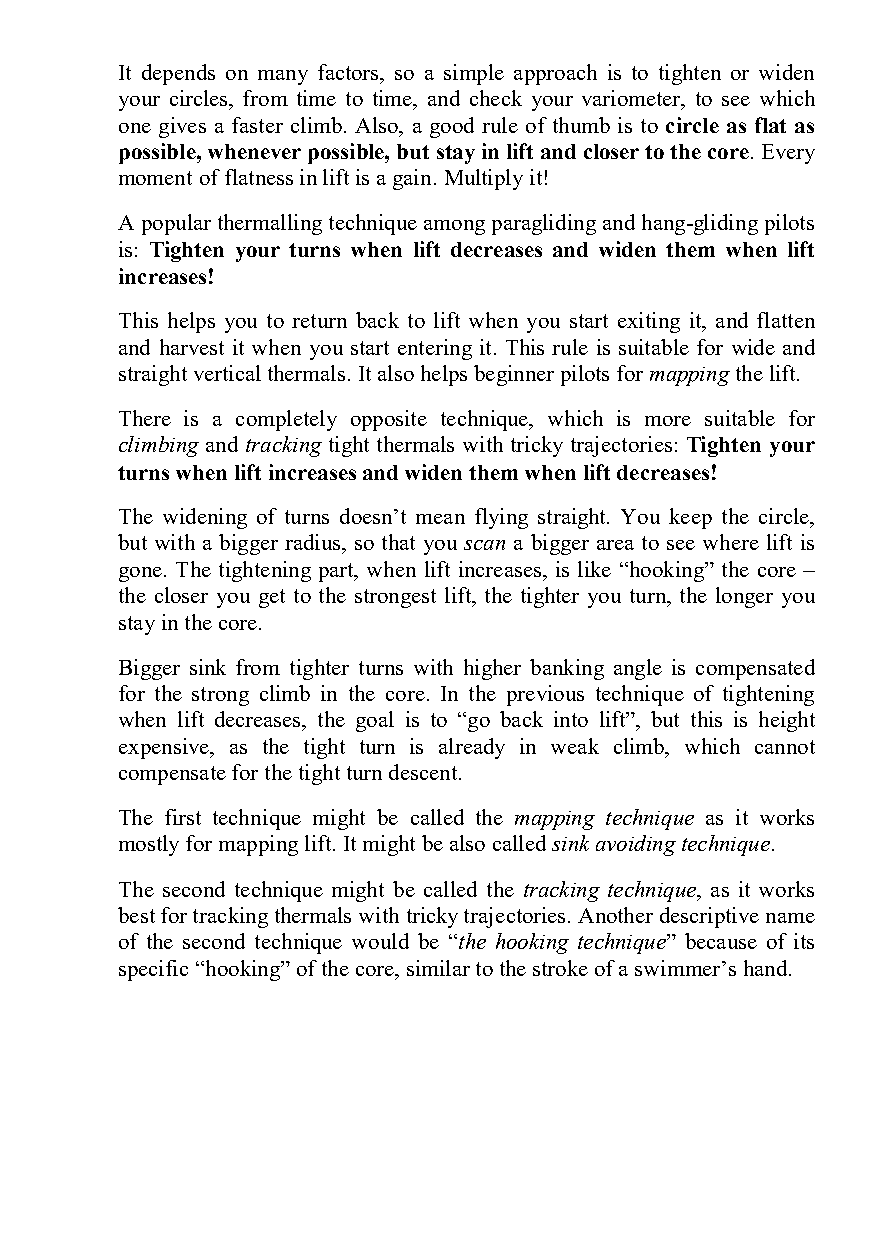
It depends on many factors, so a simple approach is to tighten or widen
 your circles, from time to time, and check your variometer, to see which
 one gives a faster climb. Also, a good rule of thumb is to circle as flat as
 possible, whenever possible, but stay in lift and closer to the core. Every
 moment of flatness in lift is a gain. Multiply it!
 A popular thermalling technique among paragliding and hang-gliding pilots
 is: Tighten your turns when lift decreases and widen them when lift
 increases!
 This helps you to return back to lift when you start exiting it, and flatten
 and harvest it when you start entering it. This rule is suitable for wide and
 straight vertical thermals. It also helps beginner pilots for mapping the lift.
 There is a completely opposite technique, which is more suitable for
 climbing and tracking tight thermals with tricky trajectories: Tighten your
 turns when lift increases and widen them when lift decreases!
 The widening of turns doesn’t mean flying straight. You keep the circle,
 but with a bigger radius, so that you scan a bigger area to see where lift is
 gone. The tightening part, when lift increases, is like “hooking” the core –
 the closer you get to the strongest lift, the tighter you turn, the longer you
 stay in the core.
 Bigger sink from tighter turns with higher banking angle is compensated
 for the strong climb in the core. In the previous technique of tightening
 when lift decreases, the goal is to “go back into lift”, but this is height
 expensive, as the tight turn is already in weak climb, which cannot
 compensate for the tight turn descent.
 The first technique might be called the mapping technique as it works
 mostly for mapping lift. It might be also called sink avoiding technique.
 The second technique might be called the tracking technique, as it works
 best for tracking thermals with tricky trajectories. Another descriptive name
 of the second technique would be “the hooking technique” because of its
 specific “hooking” of the core, similar to the stroke of a swimmer’s hand.